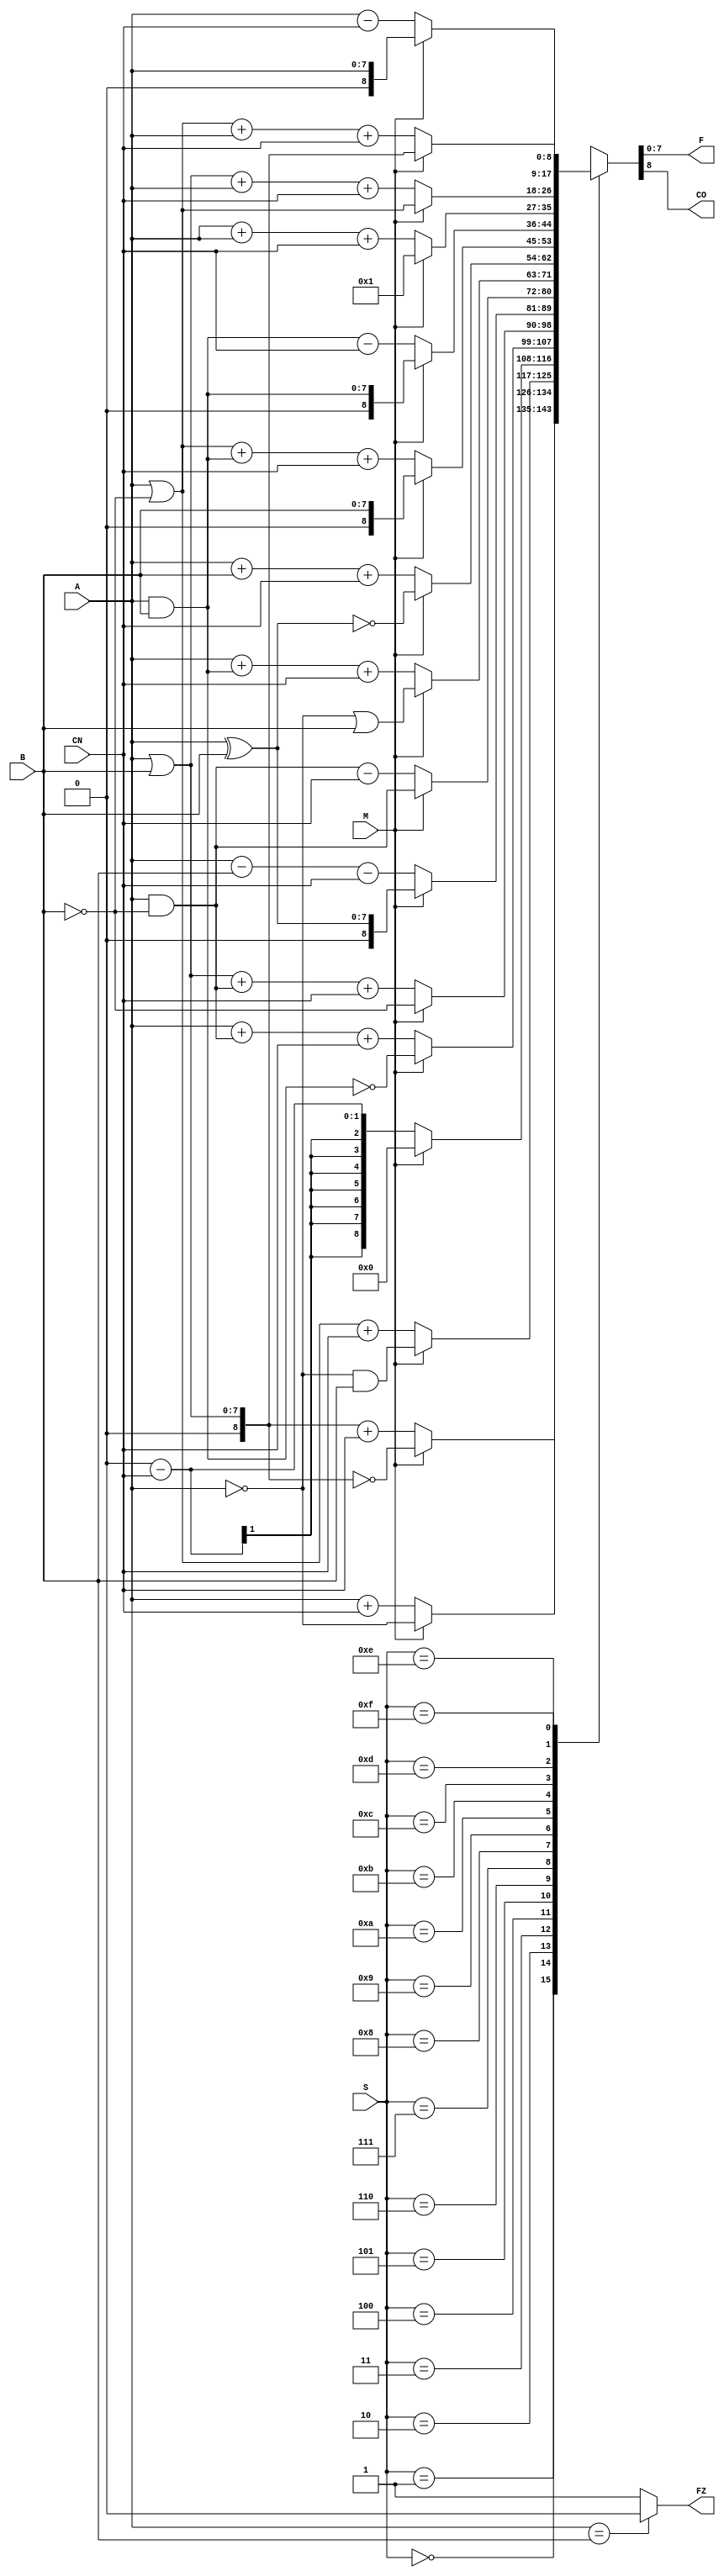
module ALU181A (S, A, B, F, M, CN, CO, FZ);
   input[3:0] S; input[7:0] A,B;  input M, CN;  
   output[7:0] F; output CO, FZ; 
   wire[7:0] F;   wire CO;wire[8:0] A9, B9;  reg FZ;   reg[8:0] F9; 
   assign A9 = {1'b0, A} ;  assign B9 = {1'b0, B} ;
   always @(M or CN or A9 or B9 or S) begin  
    case (S)
      4'b0000 : if (M==0)  F9<=A9+CN ;                else  F9<=~A9;  
      4'b0001 : if (M==0)  F9 <= (A9 |B9) + CN ;      else  F9<=~(A9 | B9) ;
      4'b0010 : if (M==0)  F9 <= (A9 |(~B9))+ CN;     else  F9<=(~A9) & B9 ; 
      4'b0011 : if (M==0)  F9 <= 9'b000000000-CN;     else  F9<=9'b000000000;
      4'b0100 : if (M==0)  F9 <=A9+(A9 & ~B9)+CN;     else  F9<=~(A9 & B9) ;
      4'b0101 : if (M==0)  F9<=(A9|B9)+(A9& ~B9)+CN;  else  F9<= ~B9 ;
      4'b0110 : if (M==0)  F9 <= A9 - B9 - CN ;       else  F9<= A9 ^ B9 ;
      4'b0111 : if (M==0)  F9 <= (A9 & (~B9)) - CN ;  else  F9<= A9 & (~B9) ;
      4'b1000 : if (M==0)  F9 <= A9 + (A9 & B9)+CN ;  else  F9<= (~A9) | B9 ;
      4'b1001 : if (M==0)  F9 <= A9 + B9 + CN ;       else  F9<= ~(A9 ^ B9) ;
      4'b1010 : if (M==0)  F9<=(A9|(~B9))+(A9&B9)+CN; else  F9<= B9 ;
      4'b1011 : if (M==0)  F9 <= (A9 & B9) - CN ;     else  F9<=A9 & B9 ;
      4'b1100 : if (M==0)  F9 <= A9 + A9 + CN ;       else  F9<=9'b000000001 ;
      4'b1101 : if (M==0)  F9 <= (A9 | B9)+A9+CN;     else  F9<= A9 | (~B9) ;
      4'b1110 : if (M==0)  F9 <= (A9 | (~B9))+A9+CN;  else  F9<= A9 | B9 ;
      4'b1111 : if (M==0)  F9 <= A9 - CN ;            else  F9<= A9 ;
         default : F9 <= 9'b000000000 ;
      endcase 
      if (A9 == B9) FZ <= 1'b0 ; else  FZ <= 1'b1 ; 
      end
   assign F = F9[7:0] ;   assign CO = F9[8] ;
endmodule